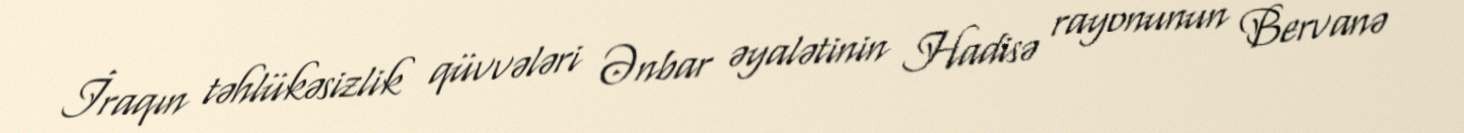
İraqın təhlükəsizlik qüvvələri Ənbar əyalətinin Hadisə rayonunun Bervanə